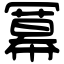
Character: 冪